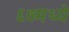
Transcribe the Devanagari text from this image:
६७मध्ये